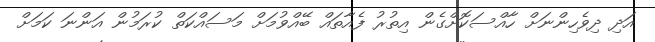
އަދި ދިވެހިންނަށް ހާއްސަކޮށްގެން އިތުރު ފެއާތައް ބޭއްވުމަށް މަސައްކަތް ކުރަމުން އަންނަ ކަމަށް